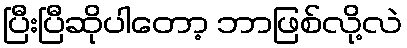
ပြီးပြီဆိုပါတော့ ဘာဖြစ်လို့လဲ